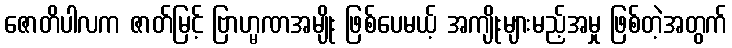
ဇောတိပါလက ဇာတ်မြင့် ဗြာဟ္မဏအမျိုး ဖြစ်ပေမယ့် အကျိုးများမည့်အမှု ဖြစ်တဲ့အတွက်